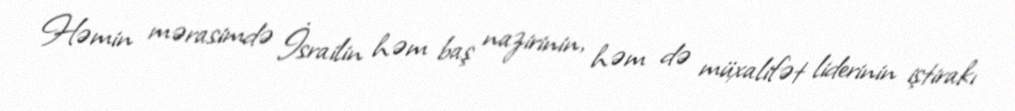
Həmin mərasimdə İsrailin həm baş nazirinin, həm də müxalifət liderinin iştirakı